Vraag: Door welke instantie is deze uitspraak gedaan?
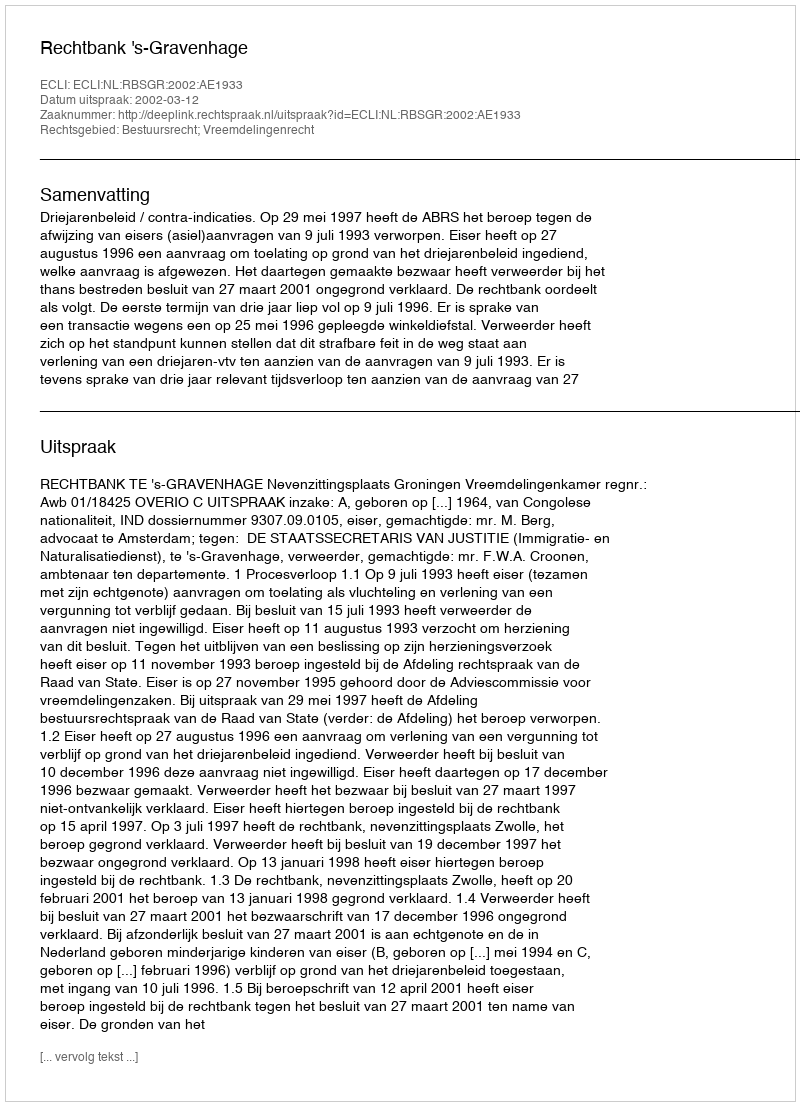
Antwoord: Rechtbank 's-Gravenhage